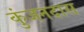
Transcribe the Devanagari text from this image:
कुंजनदास